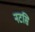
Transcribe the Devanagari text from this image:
नटसि